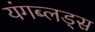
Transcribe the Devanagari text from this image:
यंगब्लड्स